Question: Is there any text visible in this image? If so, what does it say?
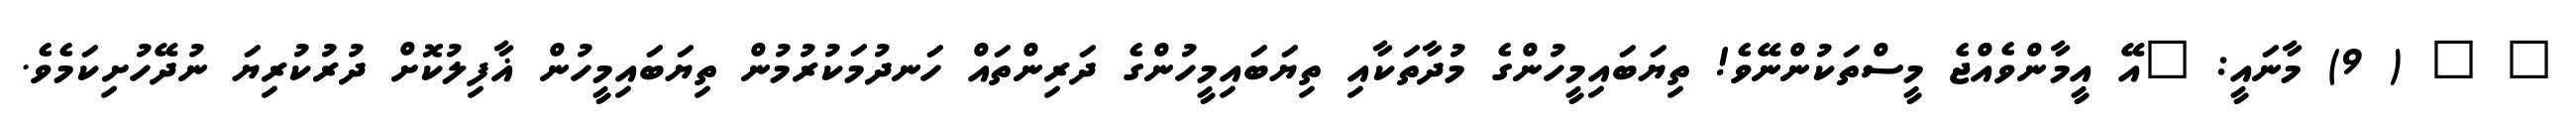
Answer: " " ( 9) މާނައީ: "އޭ އީމާންވެއްޖެ މީސްތަކުންނޭވެ! ތިޔަބައިމީހުންގެ މުދާތަކާއި ތިޔަބައިމީހުންގެ ދަރިންތައް ހަނދުމަކުރުމުން ތިޔަބައިމީހުން ޣާފިލުކޮށް ދުރުކުރިޔަ ނުދޭހުށިކަމެވެ.